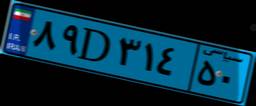
۱۰D۹۸۷۱۴